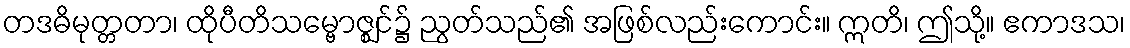
တဒဓိမုတ္တတာ၊ ထိုပီတိသမ္ဗောဇ္ဈင်၌ ညွတ်သည်၏ အဖြစ်လည်းကောင်း။ ဣတိ၊ ဤသို့။ ဧကာဒသ၊